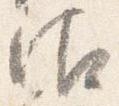
御